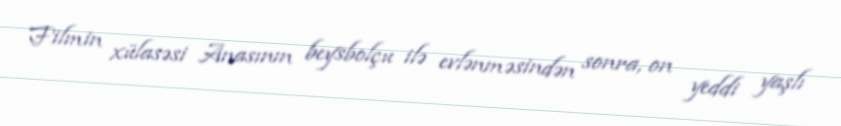
Filmin xülasəsi Anasının beysbolçu ilə evlənməsindən sonra, on yeddi yaşlı